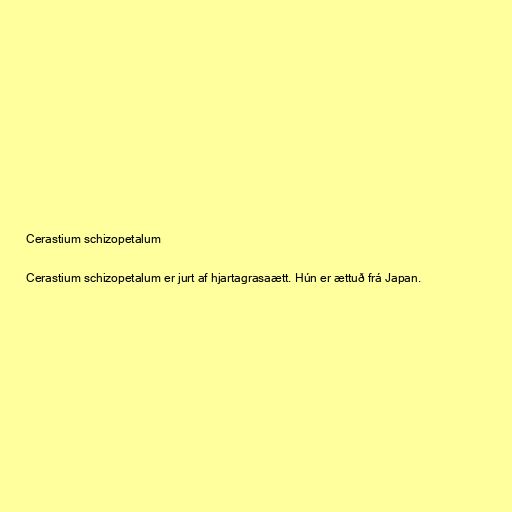
Cerastium schizopetalum

Cerastium schizopetalum er jurt af hjartagrasaætt. Hún er ættuð frá Japan.